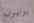
يونيون